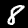
Label: 8